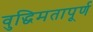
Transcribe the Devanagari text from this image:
वुद्धिमतापूर्ण